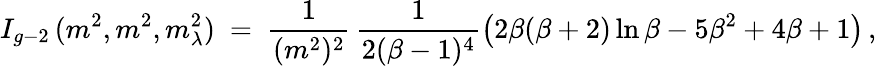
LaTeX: I_{g-2\, }(m^{2},m^{2},m_{\lambda}^{2})\ =\ \frac{1}{(m^{2})^{2}}\, \frac{1}{2(\beta-1)^{4}}\left(2\beta(\beta+2)\ln\beta-5\beta^{2}+4\beta+1\right)\, ,